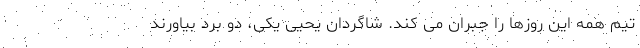
تیم همه این روزها را جبران می کند. شاگردان یحیی یکی، دو برد بیاورند